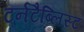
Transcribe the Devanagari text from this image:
टर्नटैब्लिस्ट